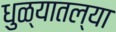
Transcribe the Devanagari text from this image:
धुळ्यातल्या